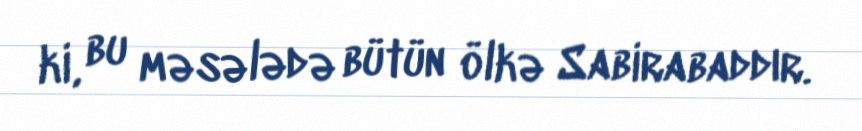
ki, bu məsələdə bütün ölkə Sabirabaddır.